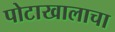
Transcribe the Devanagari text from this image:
पोटाखालाचा